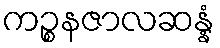
ကဉ္စနဇာလဆန္နံ